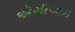
એસીઆઇ